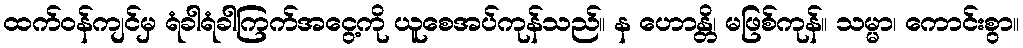
ထက်ဝန်ကျင်မှ ရံခါရံခါကြက်အငွေ့ကို ယူစေအပ်ကုန်သည်။ န ဟောန္တိ၊ မဖြစ်ကုန်။ သမ္မာ၊ ကောင်းစွာ။